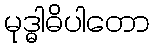
မုဒ္ဓါဓိပါတော